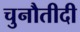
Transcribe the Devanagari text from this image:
चुनौतीदी